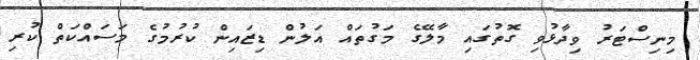
މިނިސްޓަރު ވިދާޅުވި ގޮތުގައި މާލޭގެ މަގުތައް އަލުން ޑިޒައިން ކުރުމުގެ މަސައްކަތް ކުރި